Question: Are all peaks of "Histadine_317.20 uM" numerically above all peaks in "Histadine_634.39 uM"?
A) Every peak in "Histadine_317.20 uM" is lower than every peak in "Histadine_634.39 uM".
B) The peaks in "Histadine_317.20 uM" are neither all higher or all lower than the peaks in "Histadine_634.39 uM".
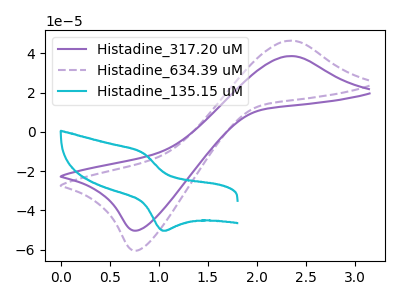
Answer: <think>The purple curve "Histadine_317.20 uM" has an anodic peak at (2.35V, 38.65uA) and a cathodic peak at (0.80V, -50.25uA). The purple dashed curve "Histadine_634.39 uM" has an anodic peak at (2.35V, 46.50uA) and a cathodic peak at (0.80V, -60.50uA). The cyan curve "Histadine_135.15 uM" has an anodic peak at (0.85V, -10.75uA) and a cathodic peak at (1.05V, -50.40uA).</think>
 <answer>A) Every peak in "Histadine_317.20 uM" is lower than every peak in "Histadine_634.39 uM".</answer>
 <eval>A</eval>